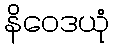
နိဝေဒယုံ